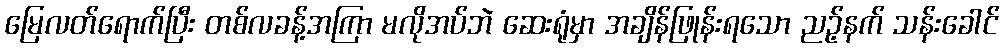
မြေလတ်ရောက်ပြီး တစ်လခန့်အကြာ မလိုအပ်ဘဲ ဆေးရုံမှာ အချိန်ဖြုန်းရသော ညဉ့်နက် သန်းခေါင်